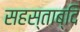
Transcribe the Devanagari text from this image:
सहस्ताब्दि